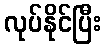
လုပ်နိုင်ပြီး